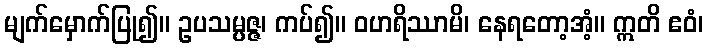
မျက်မှောက်ပြု၍။ ဥပသမ္ပဇ္ဇ၊ ကပ်၍။ ဝဟရိဿာမိ၊ နေရတော့အံ့။ ဣတိ ဧဝံ၊